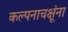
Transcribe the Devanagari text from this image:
कल्पनाचक्षूंना